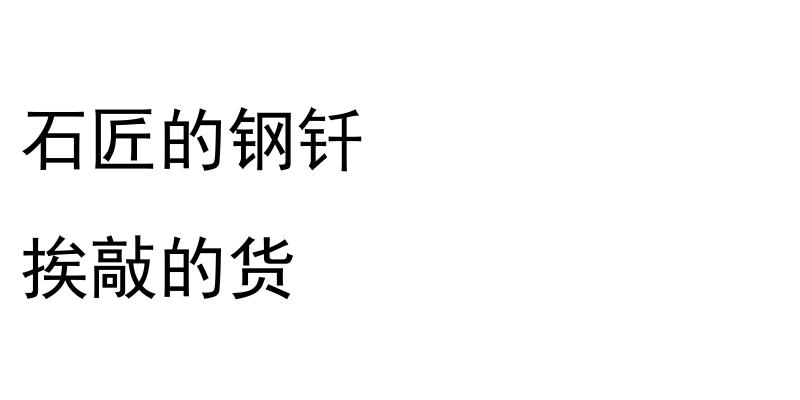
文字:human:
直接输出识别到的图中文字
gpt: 石匠的钢钎 挨敲的货